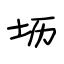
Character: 坜